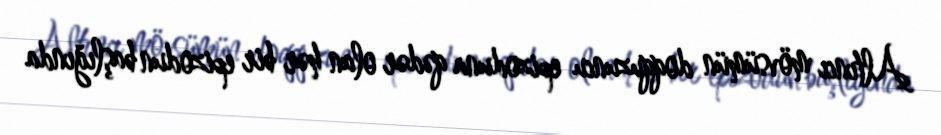
Altıncı mövsümün doqquzuncu epizoduna qədər olan hər bir epizodun başlığında